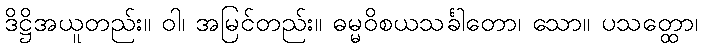
ဒိဋ္ဌိအယူတည်း။ ဝါ၊ အမြင်တည်း။ ဓမ္မဝိစယသင်္ခါတော၊ သော။ ပသတ္ထော၊